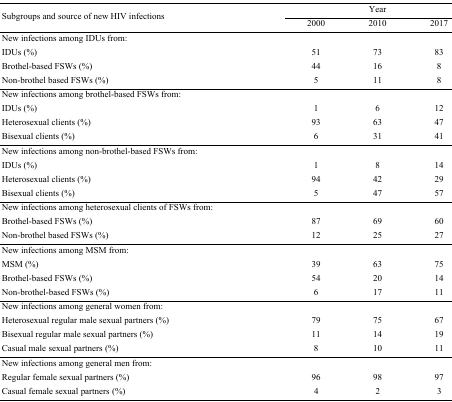
<table><thead><tr><td rowspan="3"><b>Subgroups and source of new HIV infections</b></td><td colspan="3"><b>Year</b></td></tr><tr><td><b>2000</b></td><td><b>2010</b></td><td><b>2017</b></td></tr></thead><tbody><tr><td>New infections among IDUs from:</td><td></td><td></td><td></td></tr><tr><td>IDUs (%)</td><td>51</td><td>73</td><td>83</td></tr><tr><td>Brothel-based FSWs (%)</td><td>44</td><td>16</td><td>8</td></tr><tr><td>Non-brothel based FSWs (%)</td><td>5</td><td>11</td><td>8</td></tr><tr><td>New infections among brothel-based FSWs from:</td><td></td><td></td><td></td></tr><tr><td>IDUs (%)</td><td>1</td><td>6</td><td>12</td></tr><tr><td>Heterosexual clients (%)</td><td>93</td><td>63</td><td>47</td></tr><tr><td>Bisexual clients (%)</td><td>6</td><td>31</td><td>41</td></tr><tr><td>New infections among non-brothel-based FSWs from:</td><td></td><td></td><td></td></tr><tr><td>IDUs (%)</td><td>1</td><td>8</td><td>14</td></tr><tr><td>Heterosexual clients (%)</td><td>94</td><td>42</td><td>29</td></tr><tr><td>Bisexual clients (%)</td><td>5</td><td>47</td><td>57</td></tr><tr><td>New infections among heterosexual clients of FSWs from:</td><td></td><td></td><td></td></tr><tr><td>Brothel-based FSWs (%)</td><td>87</td><td>69</td><td>60</td></tr><tr><td>Non-brothel based FSWs (%)</td><td>12</td><td>25</td><td>27</td></tr><tr><td>New infections among MSM from:</td><td></td><td></td><td></td></tr><tr><td>MSM (%)</td><td>39</td><td>63</td><td>75</td></tr><tr><td>Brothel-based FSWs (%)</td><td>54</td><td>20</td><td>14</td></tr><tr><td>Non-brothel-based FSWs (%)</td><td>6</td><td>17</td><td>11</td></tr><tr><td>New infections among general women from:</td><td></td><td></td><td></td></tr><tr><td>Heterosexual regular male sexual partners (%)</td><td>79</td><td>75</td><td>67</td></tr><tr><td>Bisexual regular male sexual partners (%)</td><td>11</td><td>14</td><td>19</td></tr><tr><td>Casual male sexual partners (%)</td><td>8</td><td>10</td><td>11</td></tr><tr><td>New infections among general men from:</td><td></td><td></td><td></td></tr><tr><td>Regular female sexual partners (%)</td><td>96</td><td>98</td><td>97</td></tr><tr><td>Casual female sexual partners (%)</td><td>4</td><td>2</td><td>3</td></tr></tbody></table>